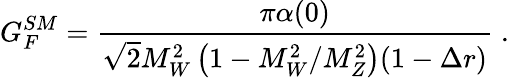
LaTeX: G_{F}^{SM}=\frac{\pi\alpha(0)}{\sqrt{2}M_{W}^{2}\left(1-M_{W}^{2}/M_{Z}^{2}\right)(1-\Delta r)}\; .